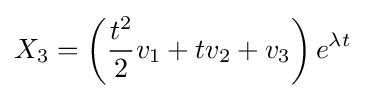
X_{3}=\left({\frac {t^{2}}{2}}v_{1}+tv_{2}+v_{3}\right)e^{\lambda t}